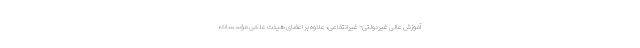
آموزش عالی غیردولتی– غیرانتفاعی، علاوه بر اعضای هیئت علمی مؤسسات،